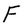
Character: F